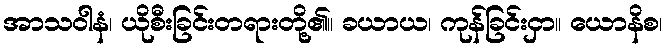
အာသဝါနံ၊ ယိုစီးခြင်းတရားတို့၏။ ခယာယ၊ ကုန်ခြင်းငှာ။ ယောနိစ၊